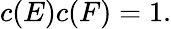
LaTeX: c(E)c(F)=1.